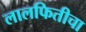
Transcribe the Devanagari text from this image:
लालफितीचा